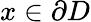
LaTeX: x\in\partial D